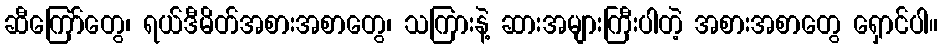
ဆီကြော်တွေ၊ ရယ်ဒီမိတ်အစားအစာတွေ၊ သကြားနဲ့ ဆားအများကြီးပါတဲ့ အစားအစာတွေ ရှောင်ပါ။